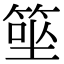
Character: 𥮭